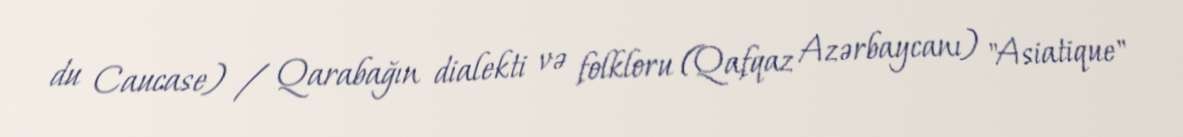
du Caucase) / Qarabağın dialekti və folkloru (Qafqaz Azərbaycanı) "Asiatique"